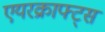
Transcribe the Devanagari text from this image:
एयरक्राफ्ट्स